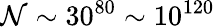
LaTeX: {\cal N}\sim 30^{80}\sim 10^{120}